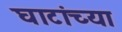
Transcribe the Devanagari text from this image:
घाटांच्या